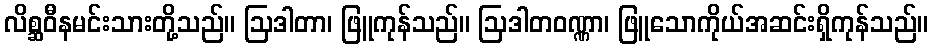
လိစ္ဆဝီနမင်းသားတို့သည်။ ဩဒါတာ၊ ဖြူကုန်သည်။ ဩဒါတဝဏ္ဏာ၊ ဖြူသောကိုယ်အဆင်းရှိကုန်သည်။